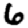
Digit: 6